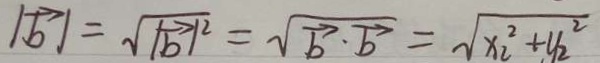
\vert \overrightarrow { b } \vert = \sqrt { \vert \overrightarrow { b } \vert ^ { 2 } } = \sqrt { \overrightarrow { b } \cdot \overrightarrow { b } } = \sqrt { x _ { 2 } ^ { 2 } + y _ { 2 } ^ { 2 } }